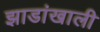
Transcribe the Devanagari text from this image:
झाडांखाली